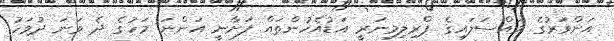
އަންވަރުގެ މައްސަލައިގެ ޕްރިލިމިނަރީ އަޑުއެހުންތައް ފަށާނީ އަންނަ މަހުގެ ދެ ވަނަ ދުވަހު